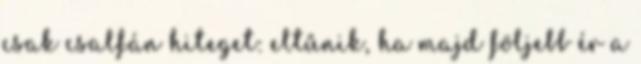
csak csalfán hiteget: eltűnik, ha majd följebb ér a